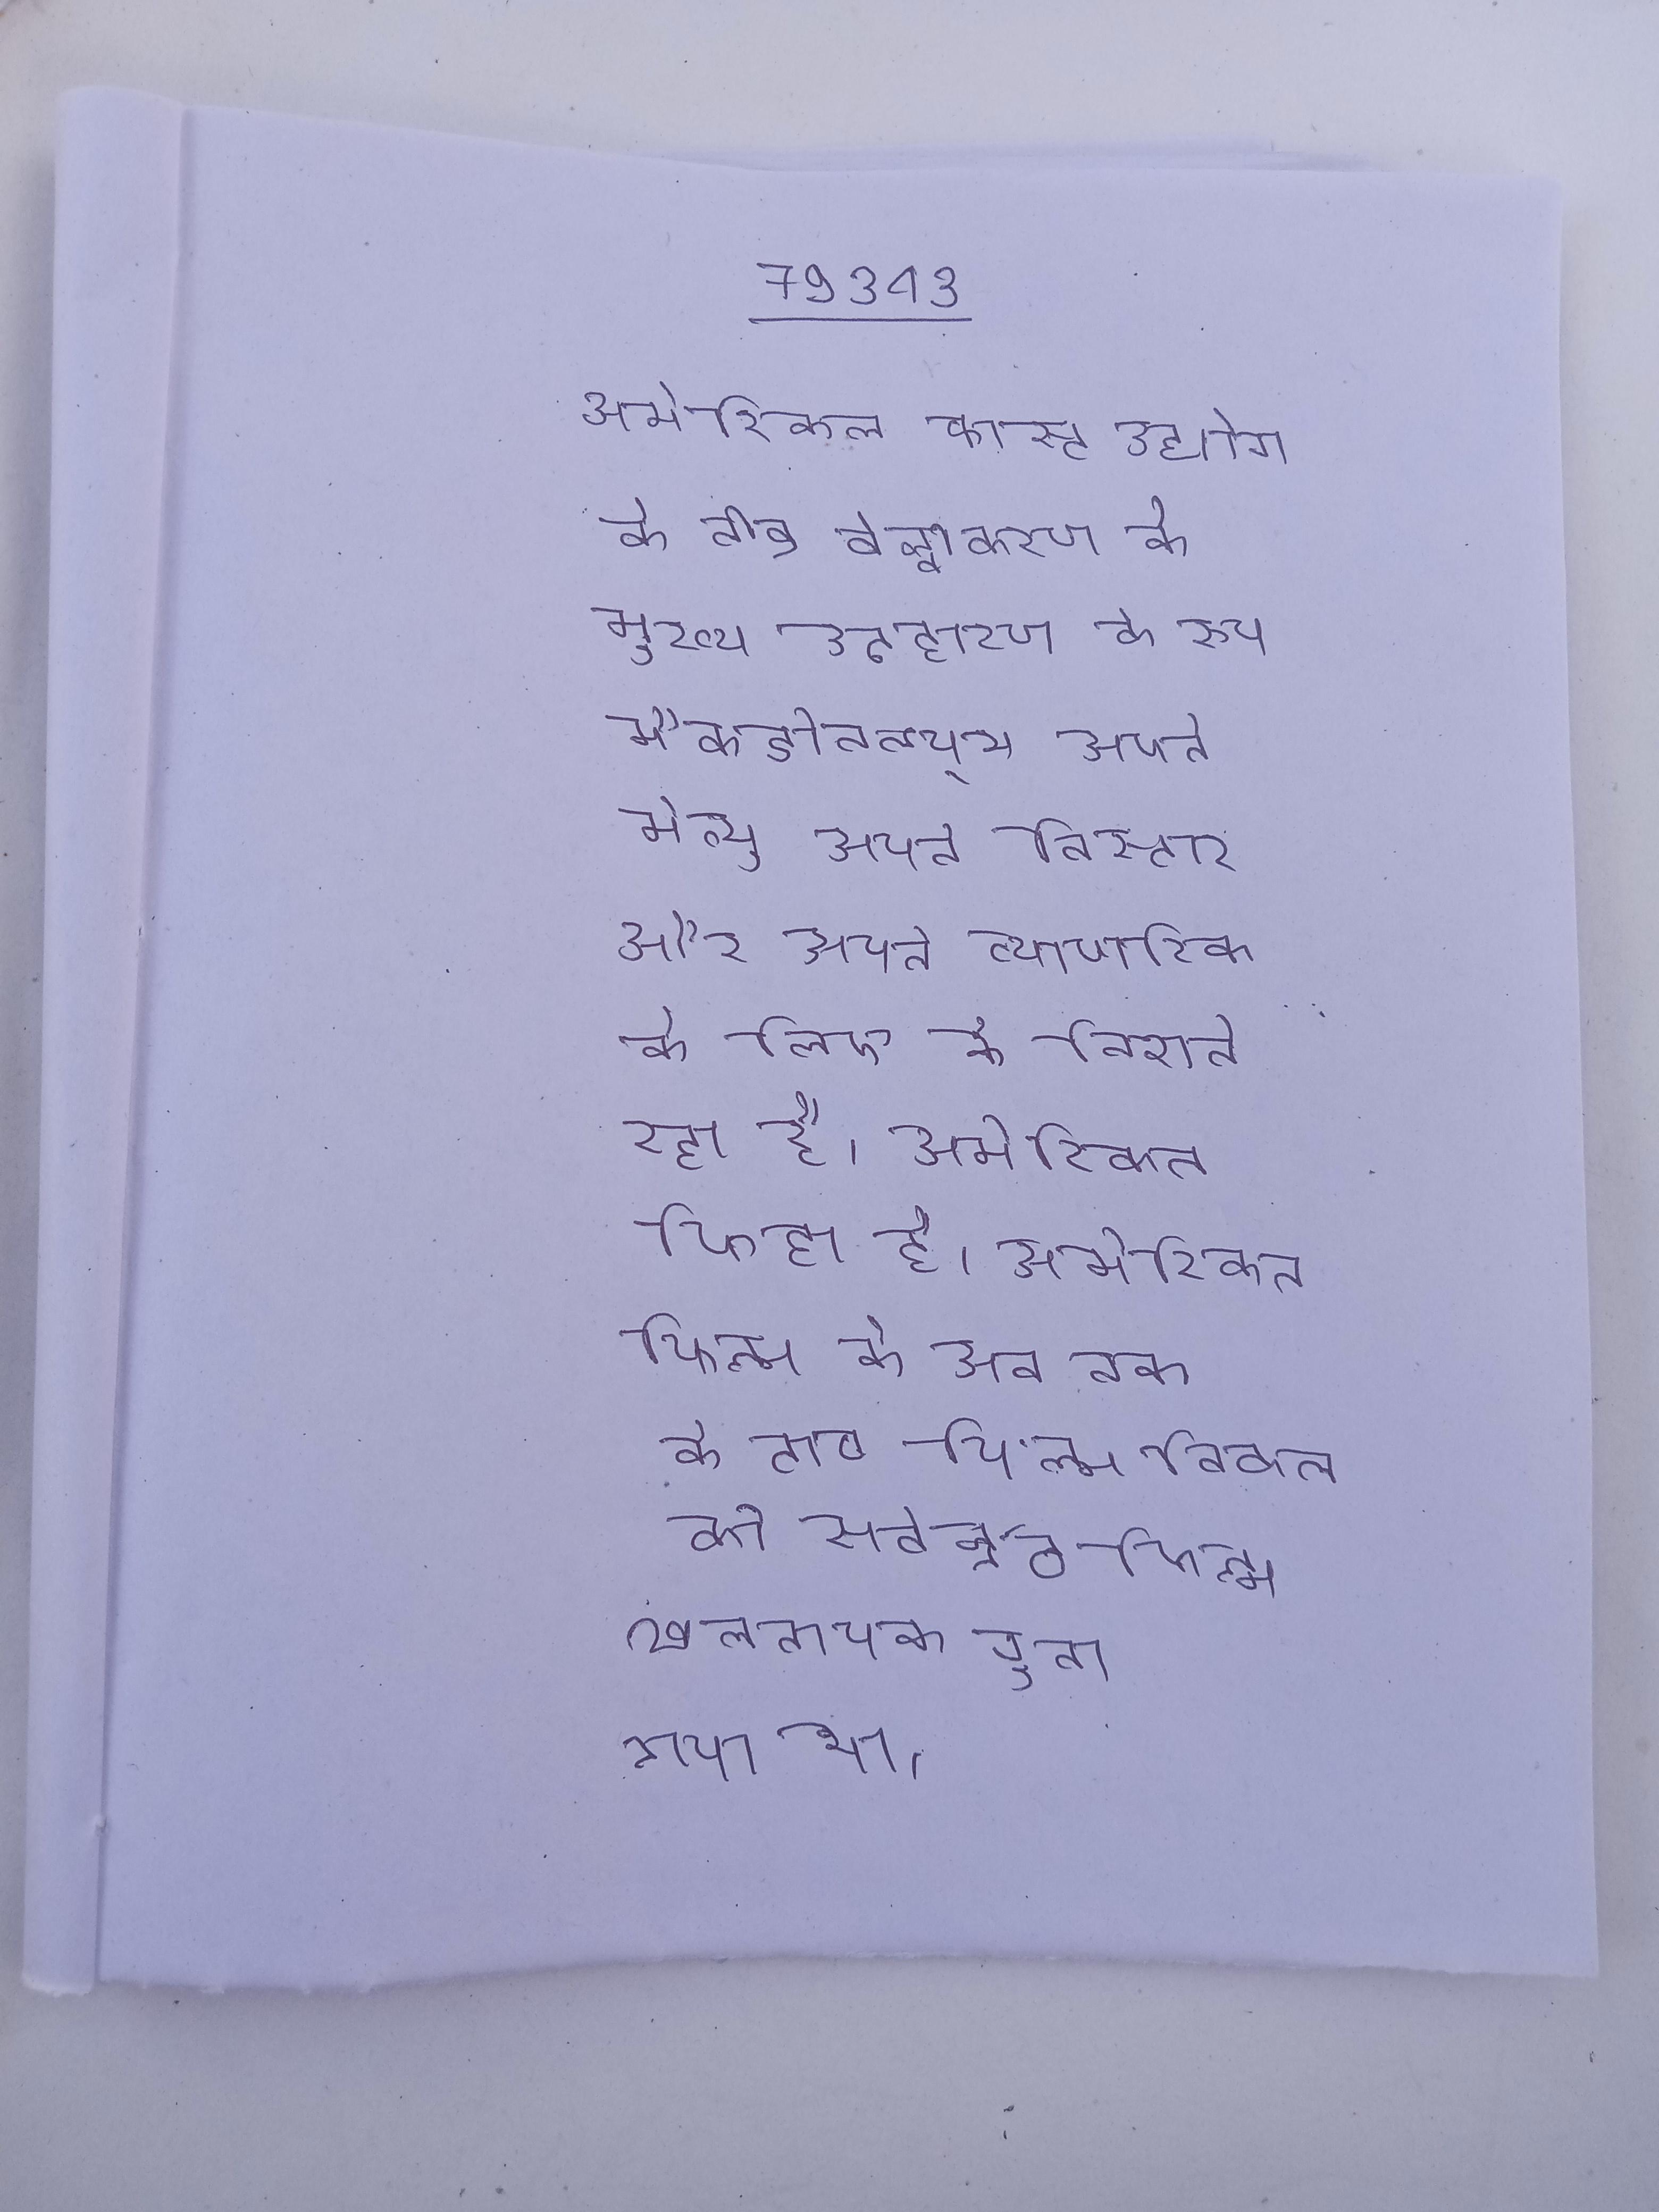
अमेरिकन फास्ट उद्योग के तीव्र वैश्वीकरण के मुख्य उदहारण के रूप मैकडॉनल्ड्स अपने मेन्यु, अपने विस्तार और अपने व्यापारिक के लिए के निशाने रहा है । अमेरिकन फिल्म के अब तक के टॉप फिल्म बिकल को सर्वश्रेष्ठ फिल्म खलनायक चुना गया था ।